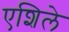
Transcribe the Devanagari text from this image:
एशिले